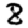
Digit: 8